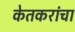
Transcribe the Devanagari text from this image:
केतकरांचा